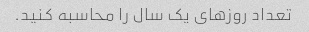
تعداد روزهای یک سال را محاسبه کنید.